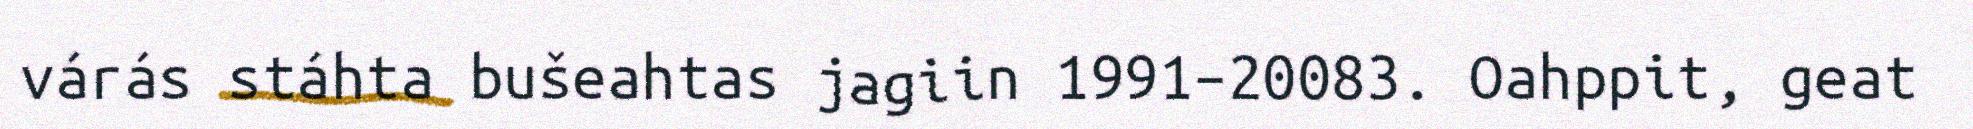
várás stáhta bušeahtas jagiin 1991–20083. Oahppit, geat